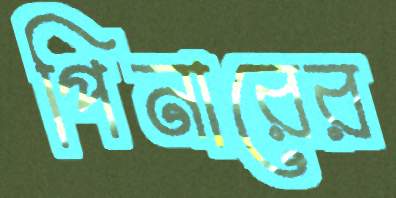
পিনারের